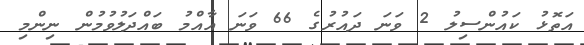
އަތޮޅު ކައުންސިލު 2 ވަނަ ދައުރުގެ 66 ވަނަ އާއްމު ބައްދަލުވުމުން ނިންމި